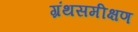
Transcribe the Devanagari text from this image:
ग्रंथसमीक्षण